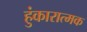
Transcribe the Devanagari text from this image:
हुंकारात्मक